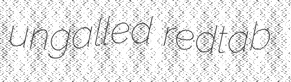
ungalled redtab